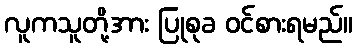
လူကသူတို့အား ပြုစုခ ဝင်စားရမည်။